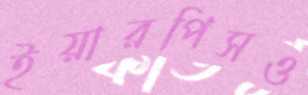
ইয়ারপিসও